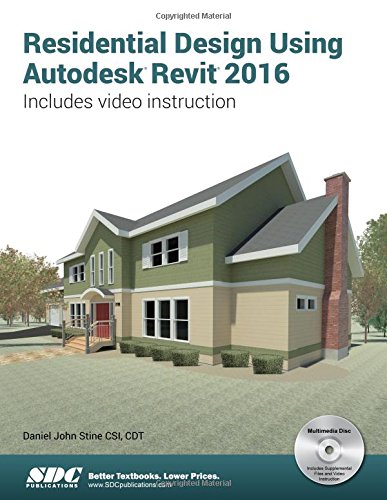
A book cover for Residential Design Using Autodesk Revit 2016; Daniel John Stine; Engineering & Transportation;